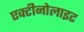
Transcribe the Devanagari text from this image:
एक्टीनोलाइट